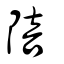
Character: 陪